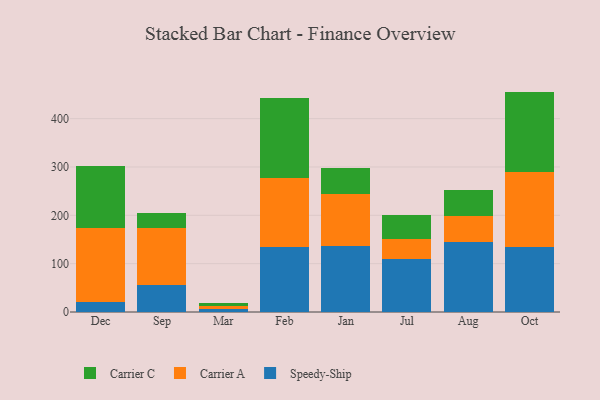
{"axis": {"x": "Month", "y": "Active Users"}, "legend": ["Carrier A", "Carrier C", "Speedy-Ship"], "data": [{"x": "Dec", "y": 21.4, "type": "Speedy-Ship"}, {"x": "Dec", "y": 152.5, "type": "Carrier A"}, {"x": "Dec", "y": 128.8, "type": "Carrier C"}, {"x": "Sep", "y": 56.1, "type": "Speedy-Ship"}, {"x": "Sep", "y": 117.4, "type": "Carrier A"}, {"x": "Sep", "y": 32.3, "type": "Carrier C"}, {"x": "Mar", "y": 5.6, "type": "Speedy-Ship"}, {"x": "Mar", "y": 6.0, "type": "Carrier A"}, {"x": "Mar", "y": 6.7, "type": "Carrier C"}, {"x": "Feb", "y": 135.4, "type": "Speedy-Ship"}, {"x": "Feb", "y": 141.1, "type": "Carrier A"}, {"x": "Feb", "y": 166.1, "type": "Carrier C"}, {"x": "Jan", "y": 135.5, "type": "Speedy-Ship"}, {"x": "Jan", "y": 109.5, "type": "Carrier A"}, {"x": "Jan", "y": 53.8, "type": "Carrier C"}, {"x": "Jul", "y": 108.7, "type": "Speedy-Ship"}, {"x": "Jul", "y": 43.0, "type": "Carrier A"}, {"x": "Jul", "y": 48.1, "type": "Carrier C"}, {"x": "Aug", "y": 143.9, "type": "Speedy-Ship"}, {"x": "Aug", "y": 53.9, "type": "Carrier A"}, {"x": "Aug", "y": 55.5, "type": "Carrier C"}, {"x": "Oct", "y": 133.7, "type": "Speedy-Ship"}, {"x": "Oct", "y": 156.3, "type": "Carrier A"}, {"x": "Oct", "y": 165.9, "type": "Carrier C"}]}